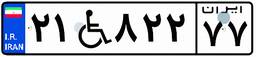
۳۱W۹۹۳۵۱